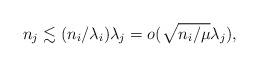
LaTeX: \begin{align*} n_j \lesssim (n_i/\lambda_i)\lambda_j = o(\sqrt{n_i/\mu}\lambda_j), \end{align*}